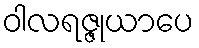
ဝါလရဇ္ဇုယာပေ